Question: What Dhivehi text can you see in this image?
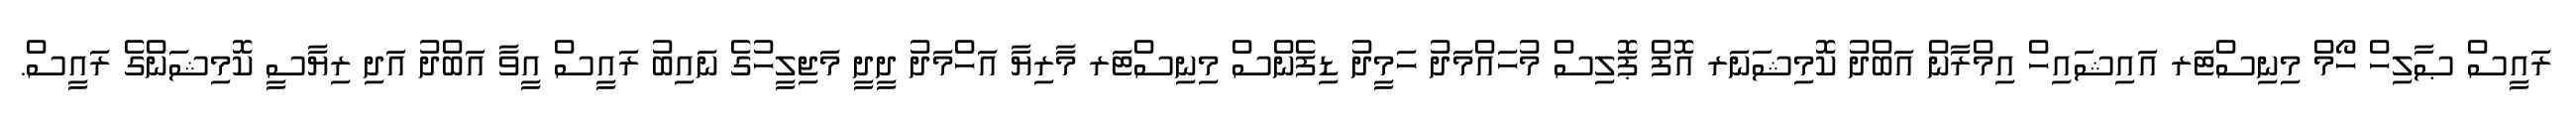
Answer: ރައީސް ޞާލިހް ހޯމް މިނިސްޓަރ އައިޝައިހް އިމްރާން އަބްދު ކޮމިޝަނަރ އޮފް ޕޮލިސް މުހައްމަދު ހަމީދު ޑިފެންސް މިނިސްޓަރ މާރިޔާ އަހްމަދު ދީދީ މަޖިލީހުގެ ނައިބު ރައީސް އީވާ އަބްދު އަދި ރިޔާސީ ކޮމިޝަންގެ ރައީސް.